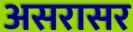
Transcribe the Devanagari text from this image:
असरासर